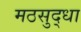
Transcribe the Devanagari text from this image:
मठसुद्धा